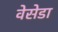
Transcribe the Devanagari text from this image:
वेसेडा